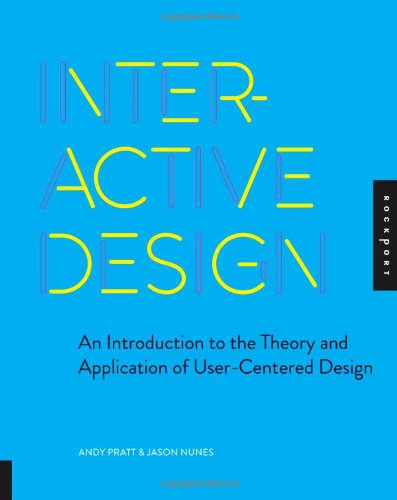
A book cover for Interactive Design: An Introduction to the Theory and Application of User-centered Design; Andy Pratt; Computers & Technology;